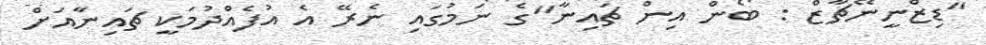
"ޑިޒްނީނޭޗާޒް : ބޯން އިން ޗައިނާ"ގެ ނަމުގައި ނެރޭ އެ އުފެއްދުމަކީ ޗައިނާއަށް